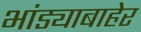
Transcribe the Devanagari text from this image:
भांड्याबाहेर